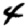
Digit: 4